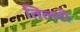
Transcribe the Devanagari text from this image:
तिलरी